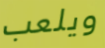
ويلعب